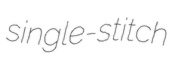
single-stitch